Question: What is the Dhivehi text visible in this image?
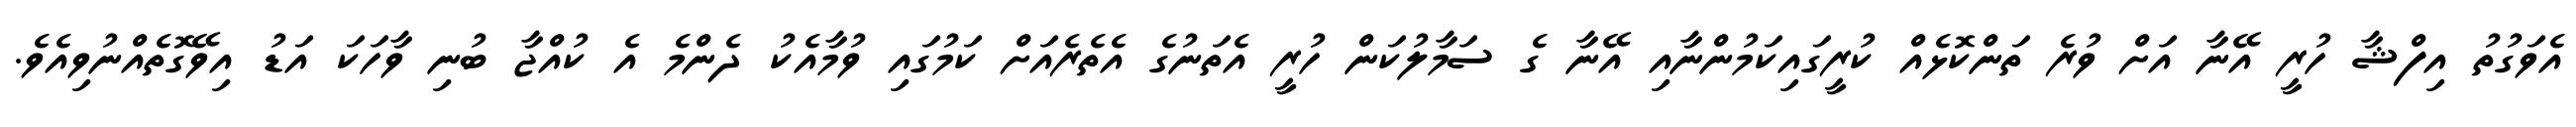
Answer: އެވަގުތު އިފްޝާ ހުރީ އޭނާ އަށް ވުރެ ތަންކޮޅެއް ކުރީގައިކަމުންނާއި އޭނާ ގެ ސަމާލުކަން ހުރީ އެތަނުގެ އެތެރެއަށް ކަމުގައި ވުމާއެކު ދެންމެ އެ ކުއްޖާ ބުނި ވާހަކަ އަޑު އިވޭގޮތެއްނުވިއެވެ.